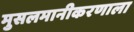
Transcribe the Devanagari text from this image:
मुसलमानीकरणाला